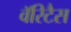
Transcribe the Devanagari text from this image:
वॅरिटैस